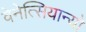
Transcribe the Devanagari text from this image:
वेनेत्सियान्यो